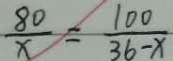
\frac { 8 0 } { x } = \frac { 1 0 0 } { 3 6 - x }